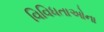
વિવિધતાઓના